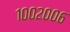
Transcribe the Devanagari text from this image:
१००२००६